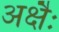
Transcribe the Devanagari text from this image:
अक्षैः